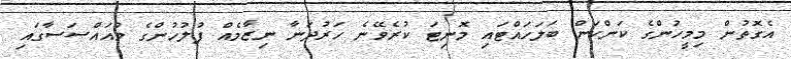
އެގޮތުން މިމީހުންގެ ކަންކަން ބަލަހައްޓައި މޮނިޓަ ކުރެވޭނެ ހަރުދަނާ ނިޒާމެއް ފުލުހުންގެ މުއައްސަސާގައި